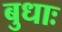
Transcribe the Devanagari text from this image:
बुधाः